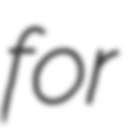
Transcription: for